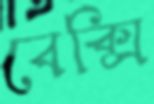
বেক্সি